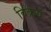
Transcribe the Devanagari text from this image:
विक्रयं